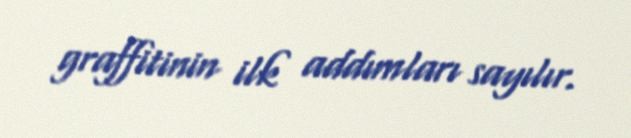
graffitinin ilk addımları sayılır.